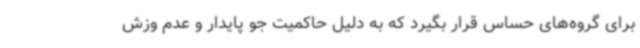
برای گروه‌های حساس قرار بگیرد که به‌ دلیل حاکمیت جو پایدار و عدم وزش